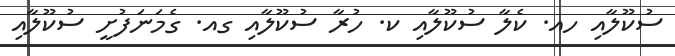
ސުކޫލާއި ހއ. ކެލާ ސުކޫލާއި ކ. ހުރާ ސުކޫލާއި ގއ. ގެމަނަފުށީ ސުކޫލާއި